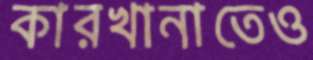
কারখানাতেও